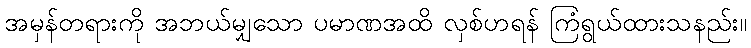
အမှန်တရားကို အဘယ်မျှသော ပမာဏအထိ လှစ်ဟရန် ကြံရွယ်ထားသနည်း။